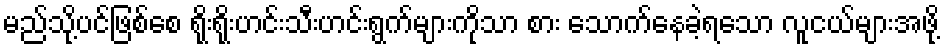
မည်သို့ပင်ဖြစ်စေ ရိုးရိုးဟင်းသီးဟင်းရွက်များကိုသာ စား သောက်နေခဲ့ရသော လူငယ်များအဖို့